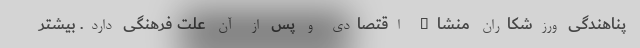
پناهندگی ورزشکاران منشاء اقتصادی و پس از آن علت فرهنگی دارد. بیشتر